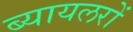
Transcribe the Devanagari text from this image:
ब्यायलरों